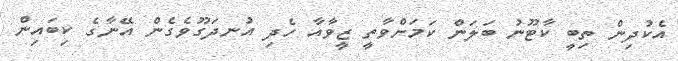
އެކުދިން ތިބީ ކާޓޫނު ބަލަން ކަމަށްވާތީ ޒީވާއާ ހެދި އުނދަގޫވެގެން އޭނާގެ ކިބައިން